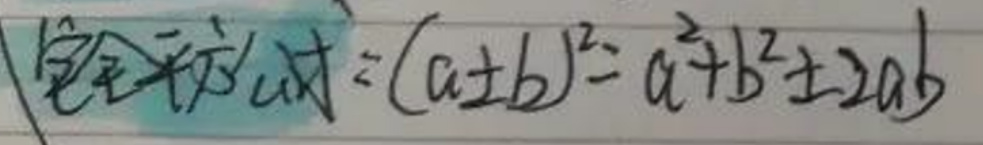
完全平方公式：\((a\pm b)^2 = a^{2}+b^{2}\pm 2ab\)